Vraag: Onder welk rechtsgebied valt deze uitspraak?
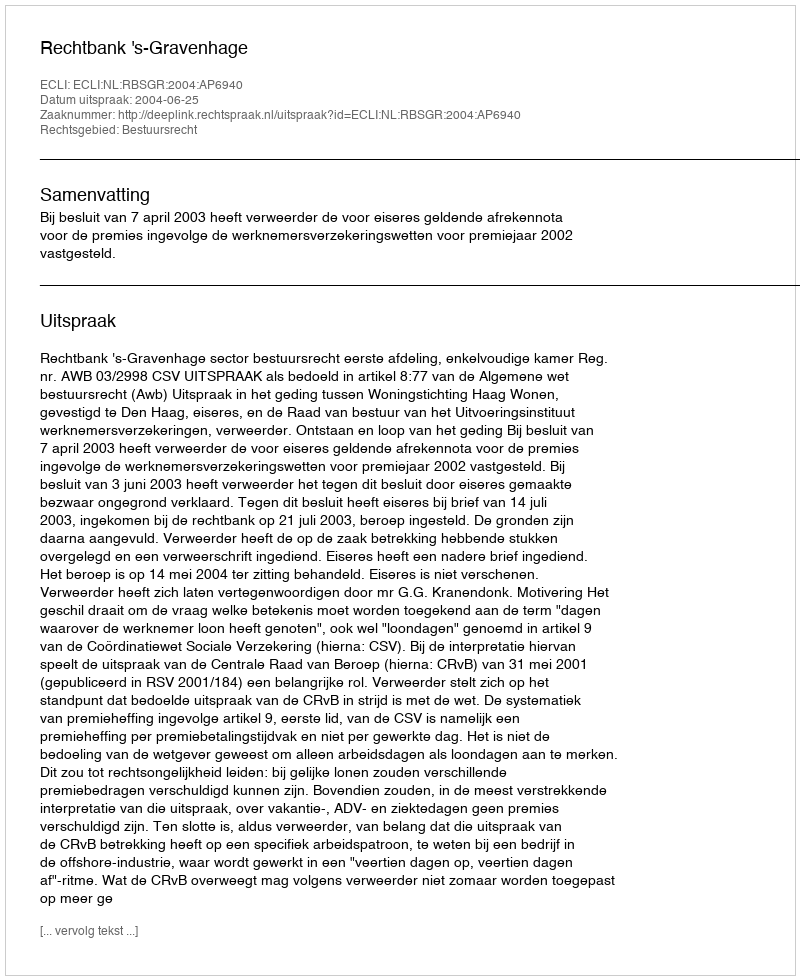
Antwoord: Bestuursrecht